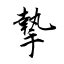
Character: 摯